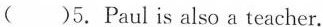
( )5.Paulis also a teacher.